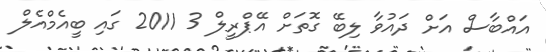
އައްބާސް އަށް ދައުވާ ލިބޭ ގޮތަށް އޭޕްރީލް 3 2011 ގައި ބީއެމްއެލް